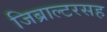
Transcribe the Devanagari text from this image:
जिब्राल्टरसह